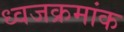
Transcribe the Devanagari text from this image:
ध्वजक्रमांक